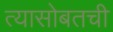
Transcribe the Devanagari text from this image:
त्यासोबतची